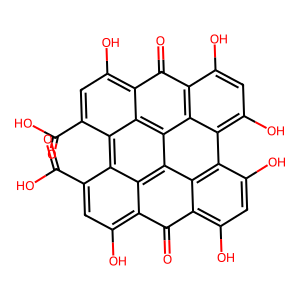
SMILES: O=C(O)c1cc(O)c2c(=O)c3c(O)cc(O)c4c5c(O)cc(O)c6c(=O)c7c(O)cc(C(=O)O)c8c1c2c(c34)c(c65)c78
Inhibits HIV replication: No